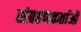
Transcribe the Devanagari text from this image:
संग्रहणकर्ताओं